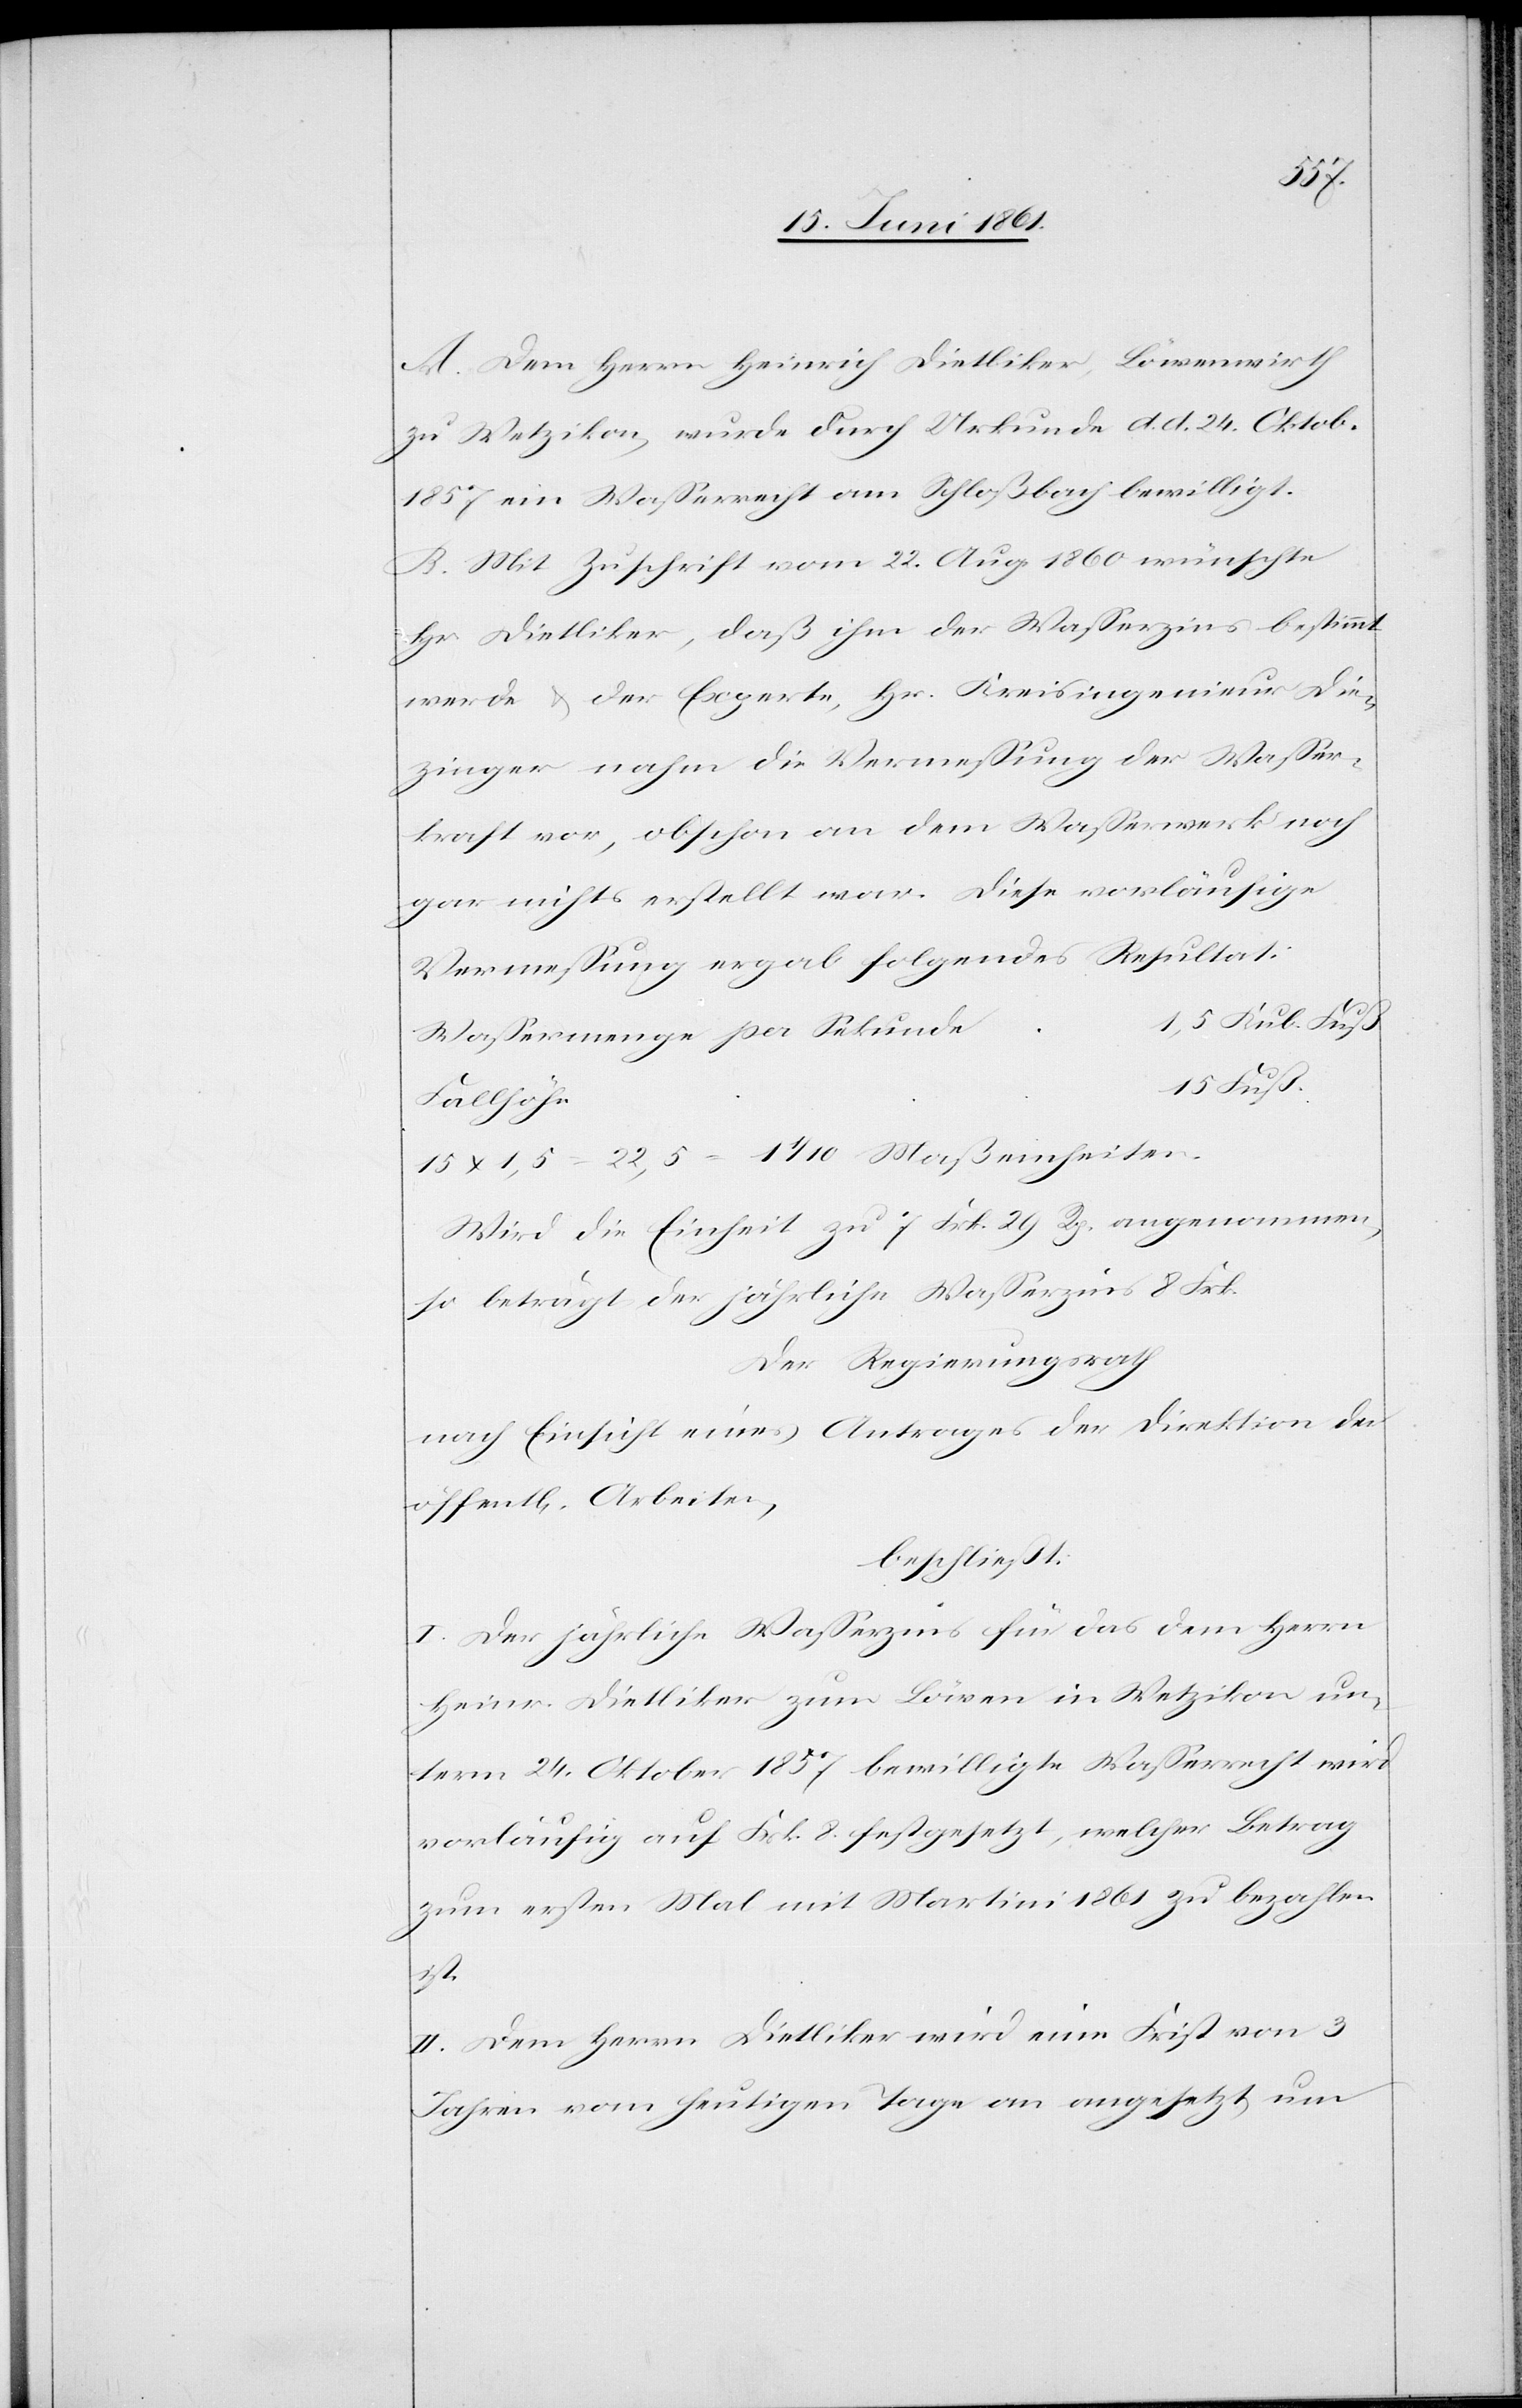
A. Dem Herrn Heinrich Dietliker, Löwenwirth
zu Wetzikon, wurde durch Urkunde d. d. 24. Oktob.
1857 ein Wasserrecht am Schloßbach bewilligt.
B. Mit Zuschrift vom 22. Aug. 1860 wünschte
Hr. Dietliker, daß ihm der Wasserzins bestimmt
werde u. der Experte, Hr. Kreisingenieur Die¬
zinger nahm die Vermessung der Wasser¬
kraft vor, obschon an dem Wasserwerk noch
gar nichts erstellt war. Diese vorläufige
Vermessung ergab folgendes Resultat:
e	1,5 Kub. Fuß
Wassermenge per Sekund¬
15 x 1,5 – 22,5 = 1 1/10 Maßeinheiten.
Wird die Einheit zu 7 Frk. 29 Rp. angenommen,
so beträgt der jährliche Wasserzins 8 Frk.
Der Regierungsrath
nach Einsicht eines Antrages der Direktion der
öffent[lichen] Arbeiten,
beschließt:
I. Der jährliche Wasserzins für das dem Herrn
Heinr. Dietliker zum Löwen in Wetzikon un¬
term 24. Oktober 1857 bewilligte Wasserrecht wird
vorläufig auf Frk. 8 festgesetzt, welcher Betrag
zum ersten Mal mit Martini 1861 zu bezahlen
ist.
II. Dem Herrn Dietliker wird eine Frist von 3
Jahren vom heutigen Tage an angesetzt um